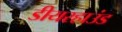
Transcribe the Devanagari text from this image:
डीयरहाउंड